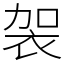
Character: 袈